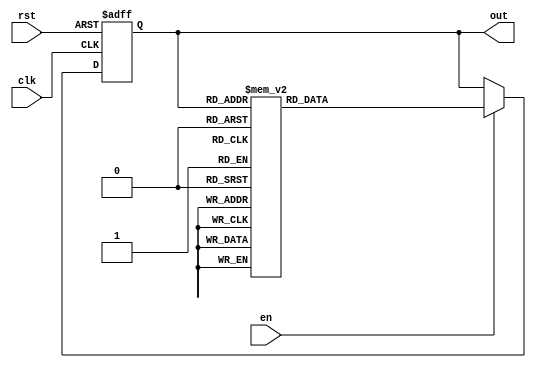
module down_counter_moore (
    input wire clk,    // Clock signal
    input wire rst,    // Asynchronous reset
    input wire en,     // Enable signal
    output reg [2:0] out // Count output (3 bits for values 0 to 7)
);

// State definition for counting down from 7 to 0
localparam [2:0] STATE_7 = 3'b111,
                 STATE_6 = 3'b110,
                 STATE_5 = 3'b101,
                 STATE_4 = 3'b100,
                 STATE_3 = 3'b011,
                 STATE_2 = 3'b010,
                 STATE_1 = 3'b001,
                 STATE_0 = 3'b000;

// Current state variable
reg [2:0] current_state;

// Sequential logic for state transition
always @(posedge clk or posedge rst) begin
    if (rst) begin
        // Reset state to 7
        current_state <= STATE_7;
    end else if (en) begin
        // Count down if enabled
        case (current_state)
            STATE_7: current_state <= STATE_6;
            STATE_6: current_state <= STATE_5;
            STATE_5: current_state <= STATE_4;
            STATE_4: current_state <= STATE_3;
            STATE_3: current_state <= STATE_2;
            STATE_2: current_state <= STATE_1;
            STATE_1: current_state <= STATE_0;
            STATE_0: current_state <= STATE_0; // Hold at 0
            default: current_state <= STATE_7; // Default case
        endcase
    end
end

// Output logic (Moore machine output)
always @(current_state) begin
    out = current_state; // Output the current state
end

endmodule